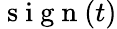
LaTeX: \mathrm{~s~i~g~n~}(t)